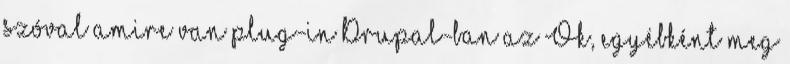
szóval amire van plug-in Drupal-ban az Ok, egyébként meg